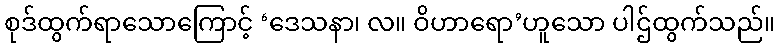
စုဒ်ထွက်ရာသောကြောင့် ‘ဒေသနာ၊ လ။ ဝိဟာရော’ဟူသော ပါဌ်ထွက်သည်။